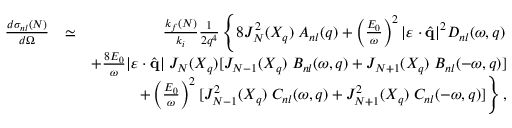
\begin{array} { r l r } { \frac { d { \sigma } _ { n l } ( N ) } { d \Omega } } & { \simeq } & { \frac { k _ { f } ( N ) } { k _ { i } } \frac { 1 } { 2 q ^ { 4 } } \left\{ 8 J _ { N } ^ { 2 } ( X _ { q } ) \; { \cal A } _ { n l } ( q ) + \left( \frac { { \cal E } _ { 0 } } { \omega } \right) ^ { 2 } | \boldsymbol { \varepsilon } \cdot { \hat { \mathbf { q } } } | ^ { 2 } { \cal D } _ { n l } ( \omega , q ) \right. } \\ & { } & { + \frac { { 8 \cal E } _ { 0 } } { \omega } | \boldsymbol { \varepsilon } \cdot { \hat { \mathbf { q } } } | \; J _ { N } ( X _ { q } ) [ J _ { N - 1 } ( X _ { q } ) \; { \cal B } _ { n l } ( \omega , q ) + J _ { N + 1 } ( X _ { q } ) \; { \cal B } _ { n l } ( - \omega , q ) ] } \\ & { } & { \left. + \left( \frac { { \cal E } _ { 0 } } { \omega } \right) ^ { 2 } [ J _ { N - 1 } ^ { 2 } ( X _ { q } ) \; { \cal C } _ { n l } ( \omega , q ) + J _ { N + 1 } ^ { 2 } ( X _ { q } ) \; { \cal C } _ { n l } ( - \omega , q ) ] \right\} , } \end{array}